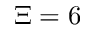
\Xi = 6